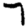
Digit: 7